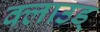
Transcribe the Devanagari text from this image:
क्लाउड्